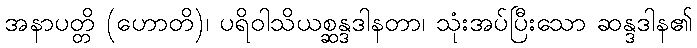
အနာပတ္တိ (ဟောတိ)၊ ပရိဝါသိယစ္ဆန္ဒဒါနတာ၊ သုံးအပ်ပြီးသော ဆန္ဒဒါန၏